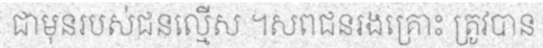
ជាមុនរបស់ជនល្មើស ។សពជនរងគ្រោះ ត្រូវបាន